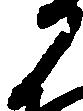
か